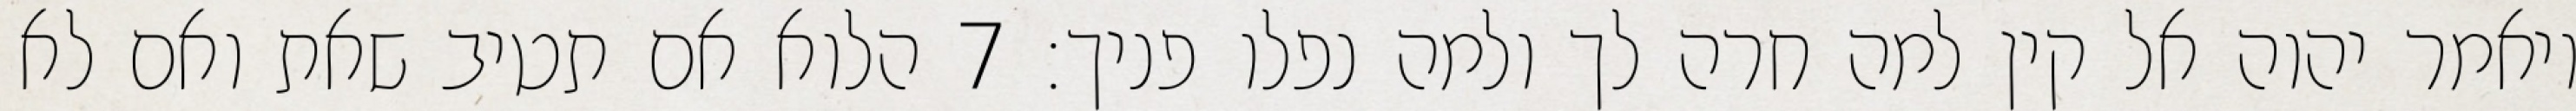
ויאמר יהוה אל קין למה חרה לך ולמה נפלו פניך׃ ‎7‏ הלוא אם תטיב שאת ואם לא